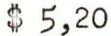
$ 5,20